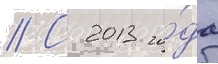
// С 2013 го́да